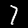
Digit: 7